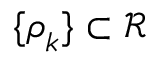
\{ \boldsymbol { \rho } _ { k } \} \subset \mathcal { R }